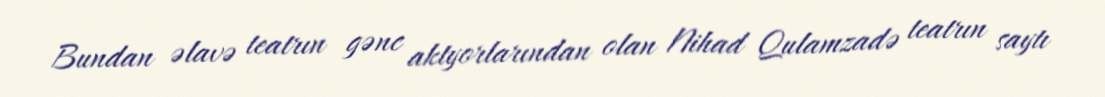
Bundan əlavə teatrın gənc aktyorlarından olan Nihad Qulamzadə teatrın saytı